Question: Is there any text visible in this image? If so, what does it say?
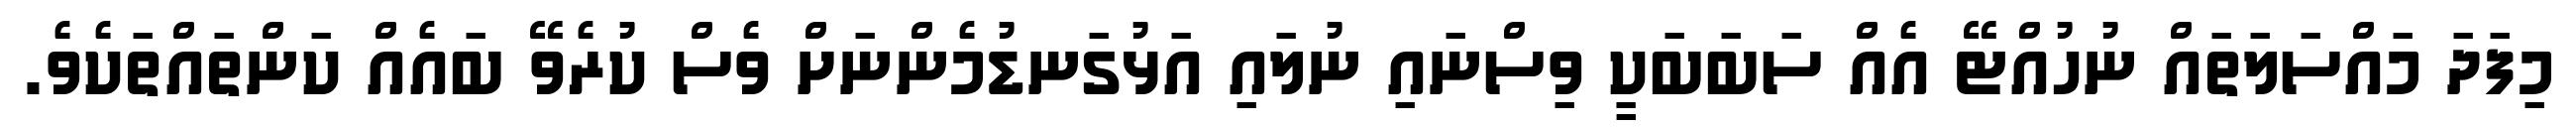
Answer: މިފަދަ މައްސަލަތައް ނުހުއްޓޭ އެއް ސަބަބަކީ ވިސްނައި ނުލައި އަޅުގަނޑުމެންނަށް ވެސް ކުރެވޭ ބައެއް ކަންތައްތަކެވެ.